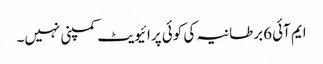
ایم آئی 6برطانیہ کی کوئی پرائیویٹ کمپنی نہیں۔